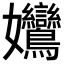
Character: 𡤻